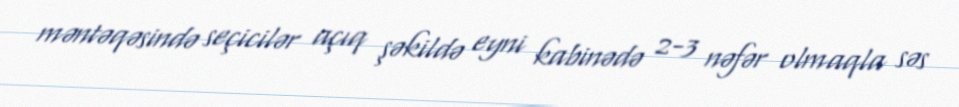
məntəqəsində seçicilər açıq şəkildə eyni kabinədə 2-3 nəfər olmaqla səs